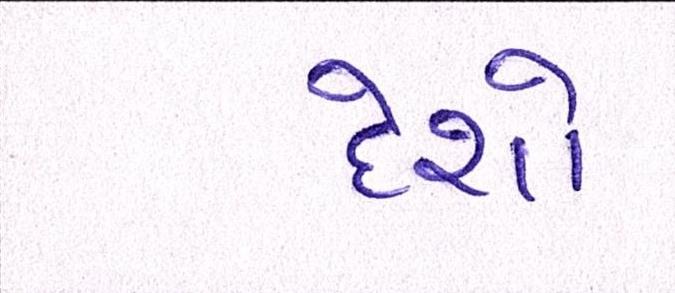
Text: દેશો